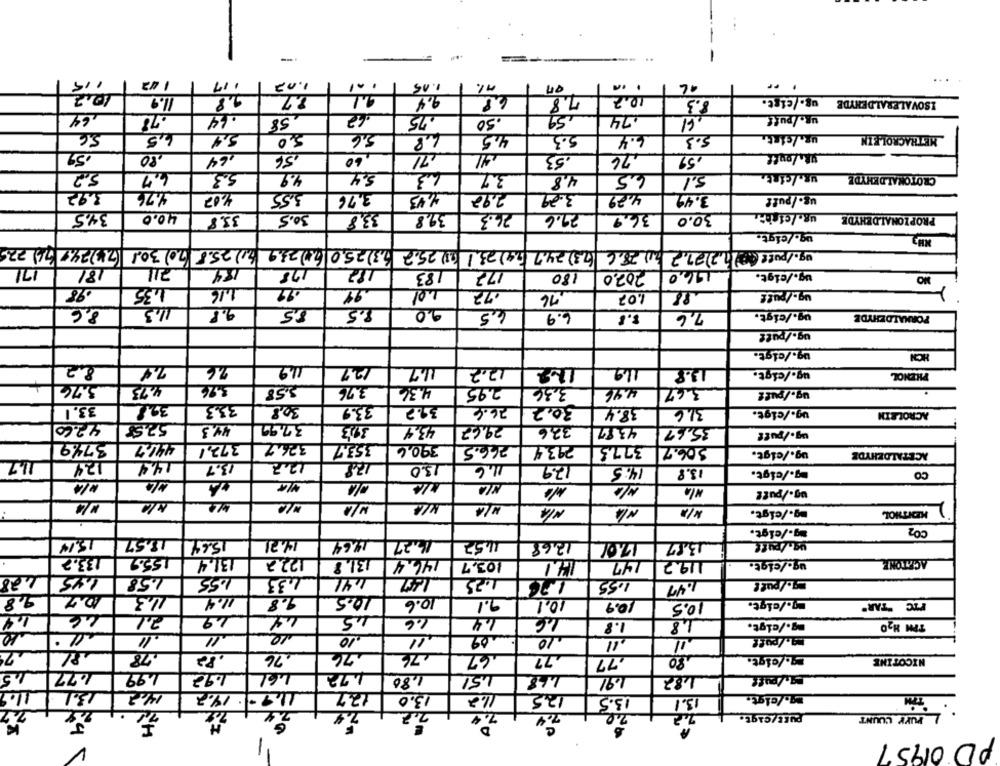
117
1.02
1.15
10.2
11.9
9.8
1.1
9.4
7.8
.
10.2
8.3
us./cist.
ISOVALERALDEHYDE
,64
.78
.64
62
ug./puff
.75
.50
.74
5.6
6,5
5.4
5,0
5,6
4.8
4,5
5.3
6.4
METRACROLEIN
.52
.80
,5€
60
दण्ड
164
.53
76
,59
5.2
4.7
5.3
4.9
L.3
3.7
4.8
4.5
5.1
UR./cist.
CROTONALDEHYDE
3.92
4.76
4,07
3,55
3,76
4,23
2.92
3.29
4,29
3.49
ug./puff
34,5
40.0
30.5
39,8
26.3
29.6
36.9
PROPIONALDEHYDE
33.8
33,8
30.0
ug./cigt.
ug./putt (0)(1,2)27.2 (0) 28.6 (73) 24.7 (2,4) 23,1 (1) 25.2 5,3) 25.0 (1) 23.9 (.1) 25.8 (70) 30.1 (73) 34.7 (76) 225
71
181
184
178
182
183
177
180
202.0
196,0
ug./cigt.
MO
.98
1.35
1.16
99
.72
76
1.07
ug./puff
8,6
11.3
9.8
8.5
20
6,5
6.9
3.8
7,6
ug./cigt.
FORMALDEHYDE
ug./puts
ug./cigt.
HON
8.2
7.4
76
11.2
12.7
17.2
11.9
13.8
ug./cigt.
PHENOL
3.76
4.73
3.96
3.58
3.76
4.36
2.95
3.36
4.46
3.67
ug./puff
33. 1
328
33.3
30,8
33.9
31.2
26.4
30.2
38.4
31.6
ug./eigt.
ACROLEIN
42.60
44.3
37.92
393
43.4
29.62
32,6
43.97
35.67
ug./puff
3749
4467
326,2
372,1
353.7
39.0,4
266.5
293.4
3773
506.7
ug./eigt.
ACETALDEHYDE
11.1
124
14.4
13.7
12.2
13.0
11.6
17.9
14:5
13.8
g./cigt.
CO
#14
KIA
ug./putt
M/A
N /A
mg-/cigt.
KEITHOL
mg-/cigt.
CO2
15.14
18.57
15.64
1.21
14,64
16.27
11.52
12.68
17.01
13.87
ug./Puff
133.2
155.9
122.2
131.4
131.8
146.4
103.7
14.1
147
119.2
ug./sigt.
ACETONE
1.28
1.45
1.58
1.55
433
1,41
1.47
1.25
1.26
1.55
1.47
9,8
11.3
11.4
9.8
10.5
10.6
9.1
10.1
10.9
10.5
mg./cigt.
PIC "TAR"
2.1
49
1.4
46
44
4.5
1.6
1.4
16
48
mg./cigt.
1.8
TPH H20
10
11
11
10
11
10
11
19./puff
.78
,76
,76
.77
.77
80
9./sigt.
NICOTINE
1,5
199
1.92
1.61
L 72
1.80
1.51
468
1.91
87./puff
11.9
13.1
142
1.9.14.2
127
13.0
11.2
12,5
13.5
Mg./cigt,
13.1
Tim
7.2
7.2
7.4
20
pusE/cigt.
7.4
Purr COUNT
1
PD 01957